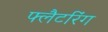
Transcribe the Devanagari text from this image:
फ्लैटरिंग